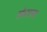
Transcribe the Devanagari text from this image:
सेनराब